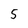
Character: 5